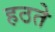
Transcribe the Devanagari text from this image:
हठते